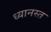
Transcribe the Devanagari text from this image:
ध्यानस्त